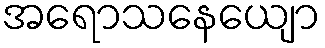
အရောသနေယျော